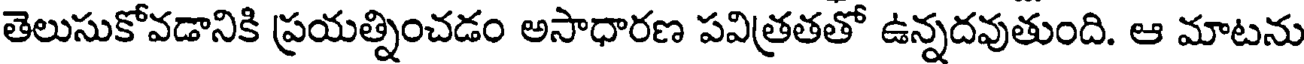
తెలుసుకోవడానికి ప్రయత్నించడం అసాధారణ పవిత్రతతో ఉన్నదవుతుంది. ఆ మాటను